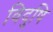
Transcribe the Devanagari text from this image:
विदुषि